Annual statistical returns and brief notes on vaccination in Bengal - 1909-1929
Year: 1909
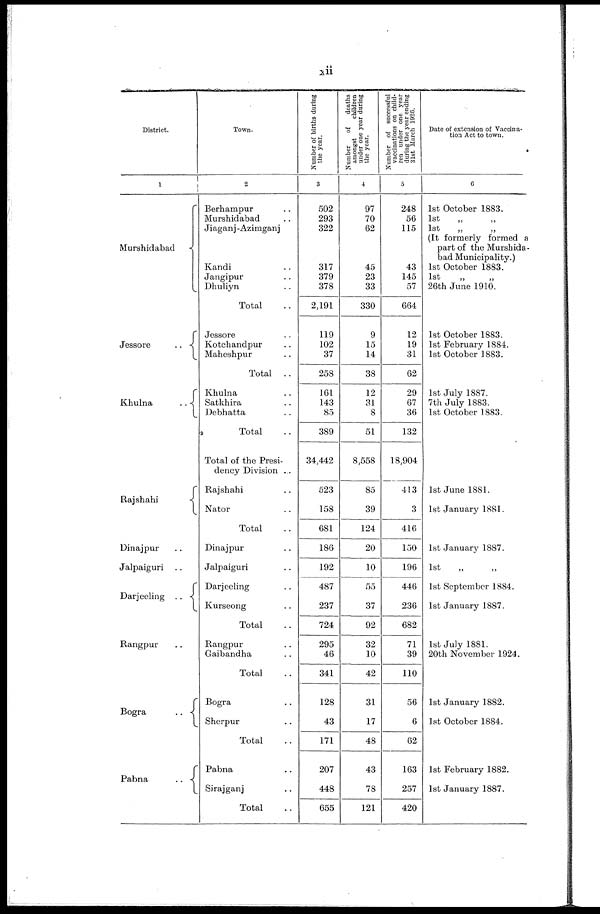
xii
District.
1
Murshidabad
Jessore
..
Khulna
..
Rajshahi
Dinajpur ..
Jalpaiguri ..
Darjeeling
..
Rangpur ..
Bogra
..
Pabna
..
Town.
2
Berhampur ..
Murshidabad ..
Jiaganj-Azimganj
Kandi ..
Jangipur ..
Dhuliyn ..
Total ..
Jessore ..
Kotchandpur ..
Maheshpur ..
Total ..
Khulna ..
Satkhira ..
Debhatta ..
Total ..
Total of the Presi-
dency Division ...
Rajshahi ..
Nator ..
Total ..
Dinajpur ..
Jalpaiguri ..
Darjeeling ..
Kurseong ..
Total ..
Rangpur ..
Gaibandha ..
Total ..
Bogra ..
Sherpur ..
Total ..
Pabna ..
Sirajganj ..
Total ..
Number of births during
the year.
3
502
293
322
317
379
378
2,191
119
102
37
258
161
143
85
389
34,442
523
158
681
186
192
487
237
724
295
46
341
128
43
171
207
448
655
Number
of
deaths
amongst
children
under one year during
the year.
4
97
70
62
45
23
33
330
9
15
14
38
12
31
8
51
8,558
85
39
124
20
10
55
37
92
32
10
42
31
17
48
43
78
121
Number of successful
vaccinations on child-
ren under one year
during the year ending
31st March 1926.
5
248
56
115
43
145
57
664
12
19
31
62
29
67
36
132
18,904
413
3
416
150
196
446
236
682
71
39
110
56
6
62
163
257
420
Date of extension of Vaccina-
tion Act to town.
6
1st October 1883.
1st
„
„
1st
„
„
(It formerly formed a
part of the Murshida-
bad Municipality.)
1st October 1883.
1st
„
„
26th June 1910.
1st October 1883.
1st February 1884.
1st October 1883.
1st July 1887.
7th July 1883.
1st October 1883.
1st June 1881.
1st January 1881.
1st January 1887.
1st
„
„
1st September 1884.
1st January 1887.
1st July 1881.
20th November 1924.
1st January 1882.
1st October 1884.
1st February 1882.
1st January 1887.